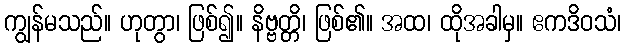
ကျွန်မသည်။ ဟုတွာ၊ ဖြစ်၍။ နိဗ္ဗတ္တိ၊ ဖြစ်၏။ အထ၊ ထိုအခါမှ။ ဧကဒိဝသံ၊